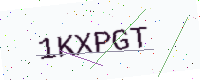
Text: 1KXPGT